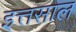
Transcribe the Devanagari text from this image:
इत्तसाल